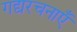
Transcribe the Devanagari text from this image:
गद्यरचनाएँ